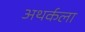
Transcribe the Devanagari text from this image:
अथर्कला